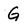
Character: G